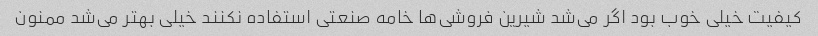
کیفیت خیلی خوب بود اگر می‌شد شیرین فروشی‌ها خامه صنعتی استفاده نکنند خیلی بهتر می‌شد ممنون